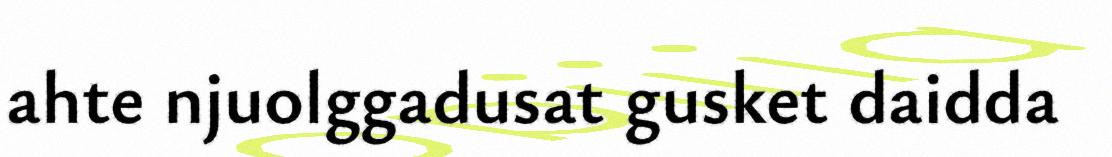
ahte njuolggadusat gusket daidda